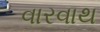
વારવાથ